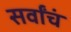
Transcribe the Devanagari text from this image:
सर्वांचं